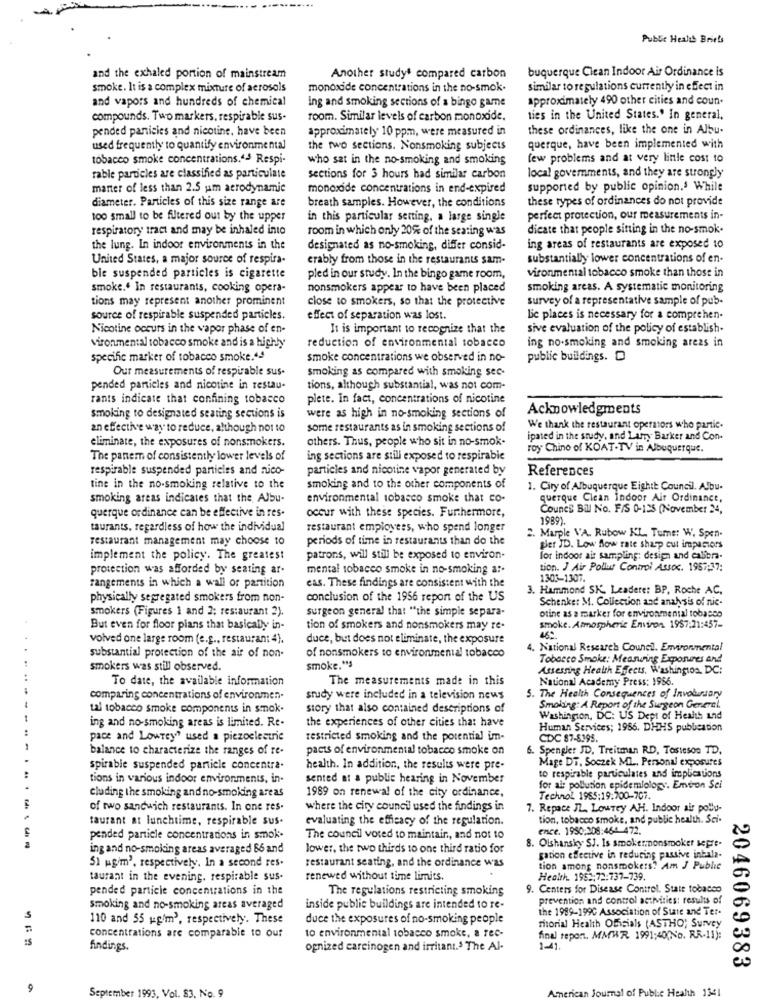
Public Health Briefs
buquerque Clean Indoor Air Ordinance is
and the exhaled portion of mainstream
Another study' compared carbon
smoke. It is a complex mixture of aerosols
monoxide concentrations in the no-smok.
similar to regulations currently in effect in
and vapors and hundreds of chemical
approximately 490 other cities and coun.
ing and smoking sections of a bingo game
compounds. Two markers, respirable sus-
room. Similar levels of carbon monoxide.
ties in the United States.' In general,
pended panicies and nicotine, have been
approximately 10 ppm, were measured in
these ordinances, like the one in Albu-
used frequently to quantify environmental
the two sections. Nonsmoking subjects
querque, have been implemented with
tobacco smoke concentrations.4-3 Respi-
who sat in the no-smoking and smoking
few problems and at very little cost to
local governments, and they are strongly
rable particles are classified as particulate
sections for 3 hours had similar carbon
manter of less than 2.5 um aerodynamic
monoxide concentrations in end-expired
supported by public opinion.' While
breath samples. However, the conditions
these types of ordinances do not provide
diameter. Particles of this size range are
too small to be filtered out by the upper
in this particular sening. a large single
perfect protection, our measurements in-
respiratory tract and may be inhaled into
room in which only 20% of the seating was
dicate that people sitting in the no-smok.
the lung. In indoor environments in the
designated as no-smoking, differ consid-
ing areas of restaurants are exposed to
United States, a major source of respira-
erably from those in the restaurants sam-
substantially lower concentrations of en-
bie suspended particles is cigarette
pled in our study. In the bingo game room,
vironmental tobacco smoke than those in
smoke." In restaurants, cooking opera-
nonsmokers appear to have been placed
smoking areas. A systematic monitoring
tions may represent another prominent
close to smokers, so that the protective
survey of a representative sample of pub-
source of respirable suspended particles.
effect of separation was lost.
Lie places is necessary for a comprehen-
Nicotine occurs in the vapor phase of en-
It is important to recognize that the
sive evaluation of the policy of establish.
ing no-smoking and smoking areas in
vironmental tobacco smoke and is a highly
reduction of environmental tobacco
specific marker of tobacco smoke.4.ª
smoke concentrations we observed in no-
public buildings. D
Our measurements of respirable sus.
smoking as compared with smoking sec-
pended particles and nicotine in restau-
tions, although substantial, was not com-
rants indicate that confining tobacco
plete. In fact, concentrations of nicotine
Acknowledgments
smoking to designated seating sections is
were as high in no-smoking sections of
an effective way to reduce, although not to
some restaurants as in smoking sections of
We thank the restaurant operators who partic.
eliminate, the exposures of nonsmokers.
others. Thus, people who sit in no-smok-
ipated in the study, and Larry Barker and Con-
roy Chino of KOAT-TV in Albuquerque.
The panem of consistently lower levels of
ing sections are still exposed to respirable
respirable suspended panicles and nico-
particles and nicotine vapor generated by
References
tine in the no-smoking relative to the
smoking and to the other components of
1. City of Albuquerque Eighit Council. Albu-
smoking areas indicates that the Albu-
environmental tobacco smoke that co-
querque Clean Indoor Air Ordinance,
querque ordinance can be effective in res.
occur with these species. Furthermore,
Councs Bill No. F/S 0-125 (November 24,
1989).
taurants, regardless of how the individual
restaurant employees, who spend longer
2. Marple VA. Rubow KL, Tums: W. Spen-
restaurant management may choose to
periods of time in restaurants than do the
gler JD. Low flow rate sharp cut impasiors
implement the policy. The greatest
patrons, will still be exposed to environ-
for indoor air sampling: desip and calibra.
protection was afforded by seating ar-
mental tobacco smoke in no-smoking a :-
tion. J Air Pollut Control Assoc. 1957:17:
1303-1307.
rangements in which a wall or partition
eas. These findings are consistent with the
3. Hammond SK. Leadere: BP, Roche AC.
physically segregated smokers from non-
conclusion of the 1956 report of the US
Schenker M. Collection and analysis of nic-
smokers (Figures 1 and 2; restaurant 3).
surgeon general that "the simple separa-
otine as a marker for environmental tobasco
But even for floor plans that basically in-
tion of smokers and nonsmokers may re-
smoke. Atmospheric Environ 1957:21:457-
volved one large room (e.g ., restauran: 4).
duce, but does not eliminate, the exposure
4. National Research Council. Environmental
substantial protection of the air of non-
of nonsmokers to environmental tobacco
Tobacco Smoke: Measuring Exposures and
smokers was still observed.
smoke."s
Assessing Health Effects, Washington, DC:
To date, the available information
The measurements made in this
National Academy Press: 1966.
comparing concentrations of environmen-
study were included in a television news
5. The Health Consequences of Involusory
tal tobacco smoke components in smok.
story that also contained descriptions of
Smoking: A Report of the Surgeon General.
ing and no-smoking areas is limited. Re-
the experiences of other cities that have
Washington, DC: US Dept of Health and
Human Services; 1986. DHHS publication
pace and Lowrey" used a piezoelectric
restricted smoking and the potential im-
CDC 87-8395.
balance to characterize the ranges of re-
pacts of environmental tobacco smoke on
6. Spengler JD, Treitman RD, Testeson TD,
Mage DT. Soczek ML, Personal exposures
spirable suspended particle concentra.
health. In addition, the results were pre-
tions in various indoor environments, in-
sented at & public hearing in November
to respirable particulates and implications
1989 on renewal of the city ordinance.
for air pollution epidemiology. Emtron Sei
cluding the smoking and no-smoking areas
Technol 1955:19:700-707.
of two sandwich restaurants. In one res.
where the city council used the findings in
7. Repace JL. Lowrey AH. Indoor air polly-
taurant at lunchtime, respirable sus.
evaluating the efficacy of the regulation.
tion, tobacco smoke, and public health. Sci-
ence. 1950:208:464 472.
pended particle concentrations in smok.
The council voted to maintain, and not to
8. Olshansky SJ. Is smokernonsmoker sepre.
ing and no-smoking areas averaged 66 and
lower, the two thirds to one third ratio for
gation effective in reducing passive inbala-
51 mg'm', respectively. In a second res.
restaurant seating, and the ordinance was
tion among nonsmokers? Am J Publie
taurant in the evening. respirable sus.
renewed without time limits.
Health. 1953:72:737-739.
pended particie concentrations in the
The regulations restricting smoking
9. Centers for Disease Control. State tobacco
prevention and control activities: results of
smoking and no-smoking areas averaged
inside public buildings are intended to re-
the 1989-1990 Association of State and Ter-
S
110 and 55 wg/m3, respectively. These
duce the exposures of no-smoking people
ritorial Health Officials (ASTHO; Survey
concentrations are comparable to our
to environmental tobacco smoke, a rec-
Anal repon. MMWR 1991;40(No. RR-11):
findings.
ognized carcinogen and irritant.' The Al-
1-41
2046069383
September 1993, Vol. 83. No. 9
American Journal of Public Health 1341